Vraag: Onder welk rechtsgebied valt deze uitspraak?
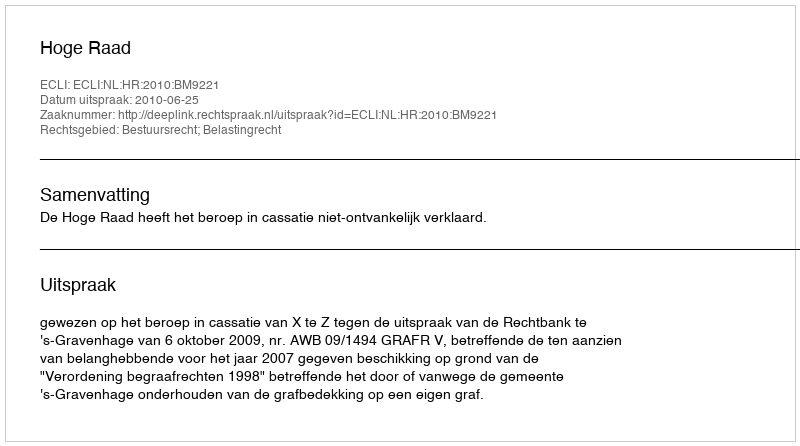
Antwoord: Bestuursrecht; Belastingrecht